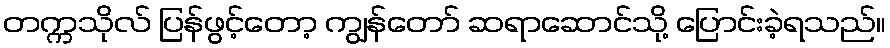
တက္ကသိုလ် ပြန်ဖွင့်တော့ ကျွန်တော် ဆရာဆောင်သို့ ပြောင်းခဲ့ရသည်။